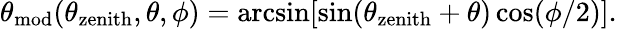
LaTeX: \theta_{\mathrm{mod}}(\theta_{\mathrm{zenith}},\theta,\phi)=\arcsin[\sin(\theta_{\mathrm{zenith}}+\theta)\cos(\phi/2)].